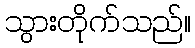
သွားတိုက်သည်။